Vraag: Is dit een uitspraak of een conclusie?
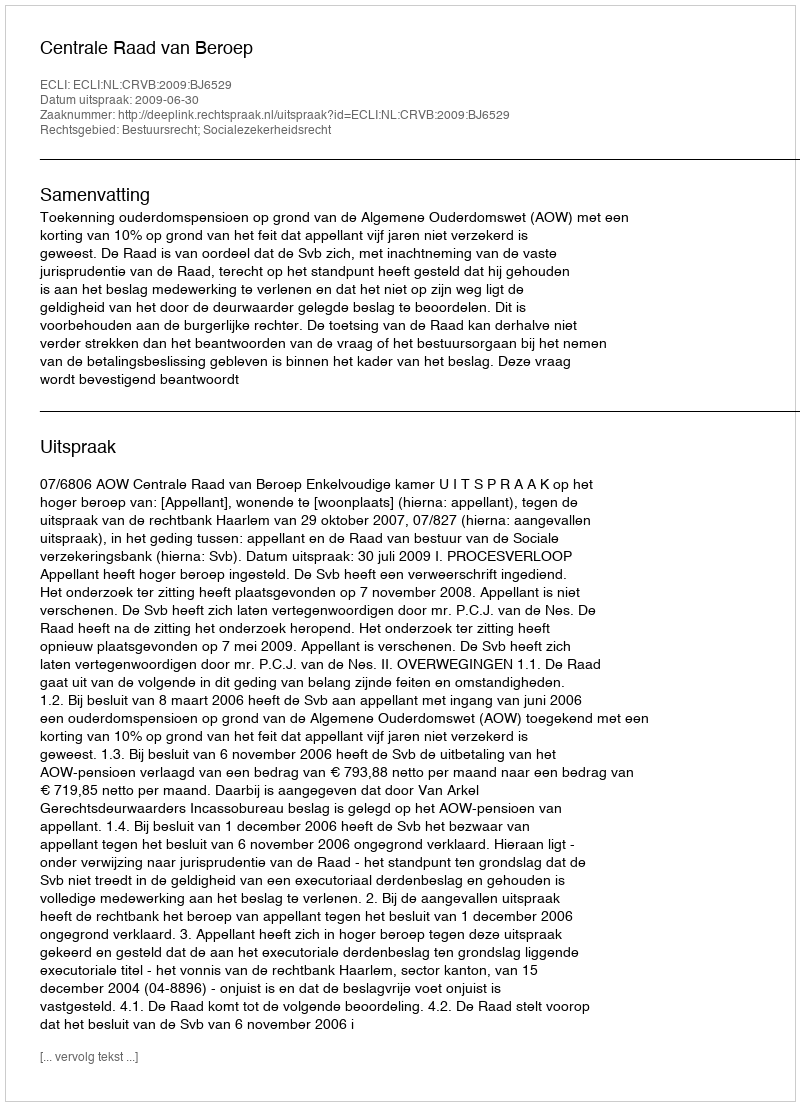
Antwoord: Uitspraak